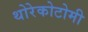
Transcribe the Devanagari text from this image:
थोरेकोटोमी